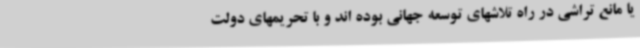
یا مانع تراشی در راه تلاشهای توسعه جهانی بوده اند و با تحریمهای دولت